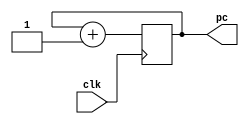
// This program was cloned from: https://github.com/Shiva9361/Simple_Processor
// License: MIT License

module program_counter(pc,clk);
output [31:0] pc;
reg [31:0] pc_i;
input clk;
initial begin
    pc_i <= 0;
end
always @(posedge clk ) begin
    pc_i <= pc_i + 1;
    $display("pc=%d",pc_i);
end

assign pc = pc_i;

endmodule